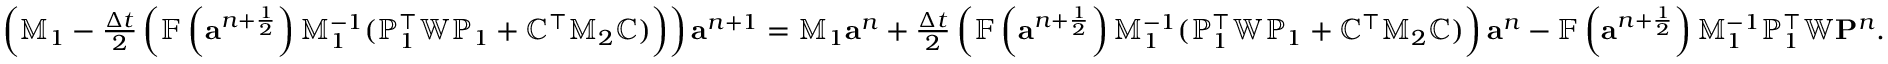
\begin{array} { r } { \left( \mathbb { M } _ { 1 } - \frac { \Delta t } { 2 } \left( \mathbb { F } \left( { \mathbf a } ^ { n + \frac { 1 } { 2 } } \right) \mathbb { M } _ { 1 } ^ { - 1 } ( { \mathbb P } _ { 1 } ^ { \top } \mathbb { W } { \mathbb P } _ { 1 } + { \mathbb C } ^ { \top } \mathbb { M } _ { 2 } { \mathbb C } ) \right) \right) { \mathbf a } ^ { n + 1 } = \mathbb { M } _ { 1 } { \mathbf a } ^ { n } + \frac { \Delta t } { 2 } \left( \mathbb { F } \left( { \mathbf a } ^ { n + \frac { 1 } { 2 } } \right) \mathbb { M } _ { 1 } ^ { - 1 } ( { \mathbb P } _ { 1 } ^ { \top } \mathbb { W } { \mathbb P } _ { 1 } + { \mathbb C } ^ { \top } \mathbb { M } _ { 2 } { \mathbb C } ) \right) { \mathbf a } ^ { n } - \mathbb { F } \left( { \mathbf a } ^ { n + \frac { 1 } { 2 } } \right) \mathbb { M } _ { 1 } ^ { - 1 } { \mathbb P } _ { 1 } ^ { \top } \mathbb { W } { \mathbf P } ^ { n } . } \end{array}